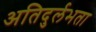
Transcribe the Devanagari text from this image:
अतिदुर्लभता